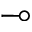
\multimap